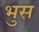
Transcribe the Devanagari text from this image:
भुस